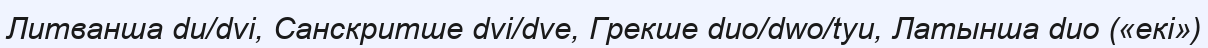
Литванша du/dvi, Санскритше dvi/dve, Грекше duo/dwo/tyu, Латынша duo («екі»)